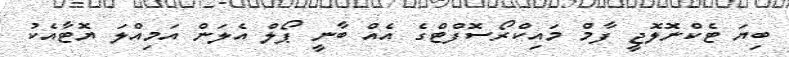
ބިޔަ ޓެކްނޮލޮޖީ ފާމް މައިކްރޯސޮފްޓްގެ އެއް ބާނީ ޕޯލް އެލަން އަމިއްލަ ޔޮޓާއެކު